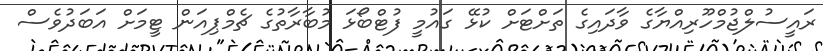
ރައީސުލްޖުމްހޫރިއްޔާގެ ވާދައިގެ ތަށްޓަށް ކުޅޭ ގައުމީ ފުޓްބޯޅަ މުބާރާތުގެ ޗެމްޕިއަން ޓީމަށް އަބަދުވެސް